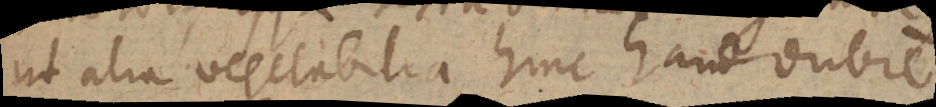
ut alia vegetabilia hinc haud dubie